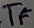
Text: TF